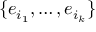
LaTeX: \{ e _ { i _ { 1 } } , \ldots , e _ { i _ { k } } \}